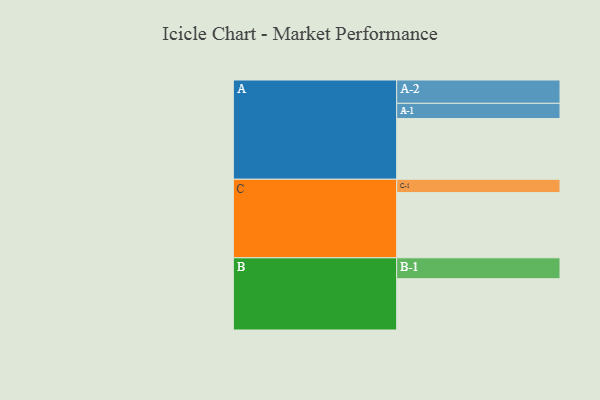
{"axis": {"x": "Segment", "y": "Value"}, "legend": ["", "A", "B", "C"], "data": [{"x": "A", "y": 419, "type": ""}, {"x": "B", "y": 354, "type": ""}, {"x": "C", "y": 450, "type": ""}, {"x": "A-1", "y": 105, "type": "A"}, {"x": "A-2", "y": 161, "type": "A"}, {"x": "B-1", "y": 144, "type": "B"}, {"x": "C-1", "y": 92, "type": "C"}]}